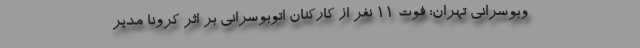
وبوسرانی تهران: فوت ۱۱ نفر از کارکنان اتوبوسرانی بر اثر کرونا مدیر